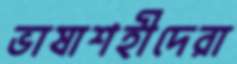
ভাষাশহীদেরা